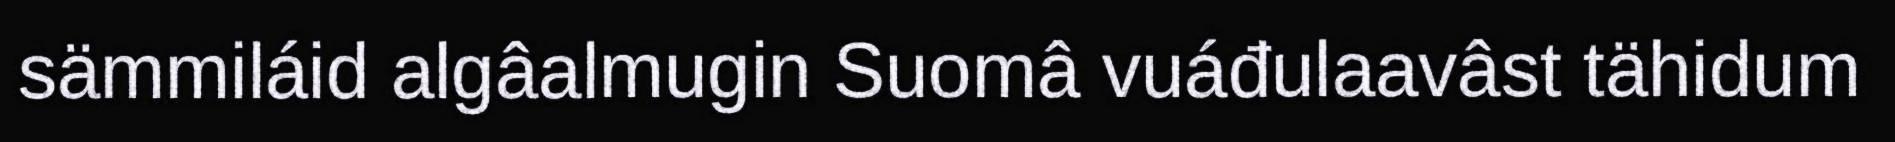
sämmiláid algâalmugin Suomâ vuáđulaavâst tähidum